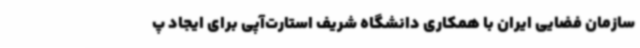
سازمان فضایی ایران با همکاری دانشگاه شریف استارت‌آپی برای ایجاد پ